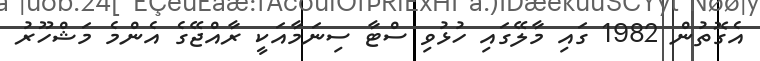
އެގޮތުން 1982 ގައި މާލޭގައި ހުޅުވި ސްޓާ ސިނަމާއަކީ ރާއްޖޭގެ އެންމެ މަޝްހޫރު